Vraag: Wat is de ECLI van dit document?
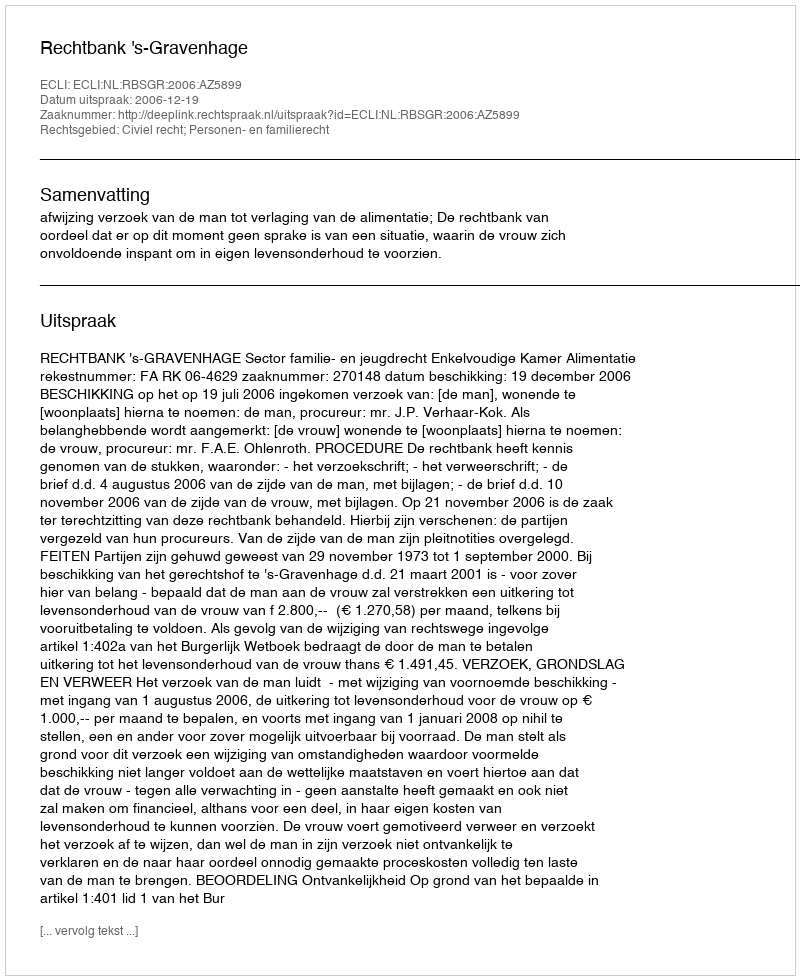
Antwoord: ECLI:NL:RBSGR:2006:AZ5899